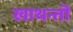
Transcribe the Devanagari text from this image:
खाथन्तॊ